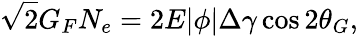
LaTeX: \sqrt{2}G_{F}N_{e}=2E|\phi|\Delta\gamma\cos 2\theta_{G},